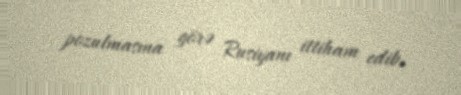
pozulmasına görə Rusiyanı ittiham edib.